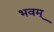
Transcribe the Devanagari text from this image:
भवम्